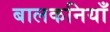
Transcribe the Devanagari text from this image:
बालकनियाँ